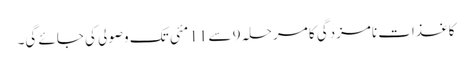
کاغذات نامزدگی کا مرحلہ 9 سے 11 مئی تک وصولی کی جائے گی۔